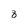
Character: 8